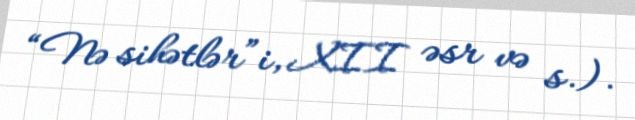
“Nə sihətlər”i, XII əsr və s.).